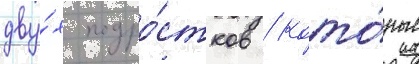
дву́х подро́стков / кото́рые